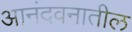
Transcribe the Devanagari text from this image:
आनंदवनातील